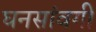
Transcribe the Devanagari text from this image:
घनसांवगी